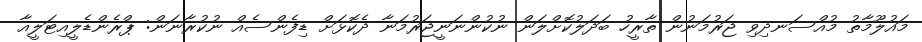
މައުލޫމާތު މުއްސަނދިވި ޖަރުމަނުން ތާރީހު ބަދަލުކޮށްލަން ނުކުންނަނީޖަރުމަނާ ދެކޮޅަށް ޑިފެންސެއް ނުކުރާނަން: ޕްރެންޑެލީއިޓަލީއާ